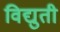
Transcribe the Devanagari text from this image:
विद्युती